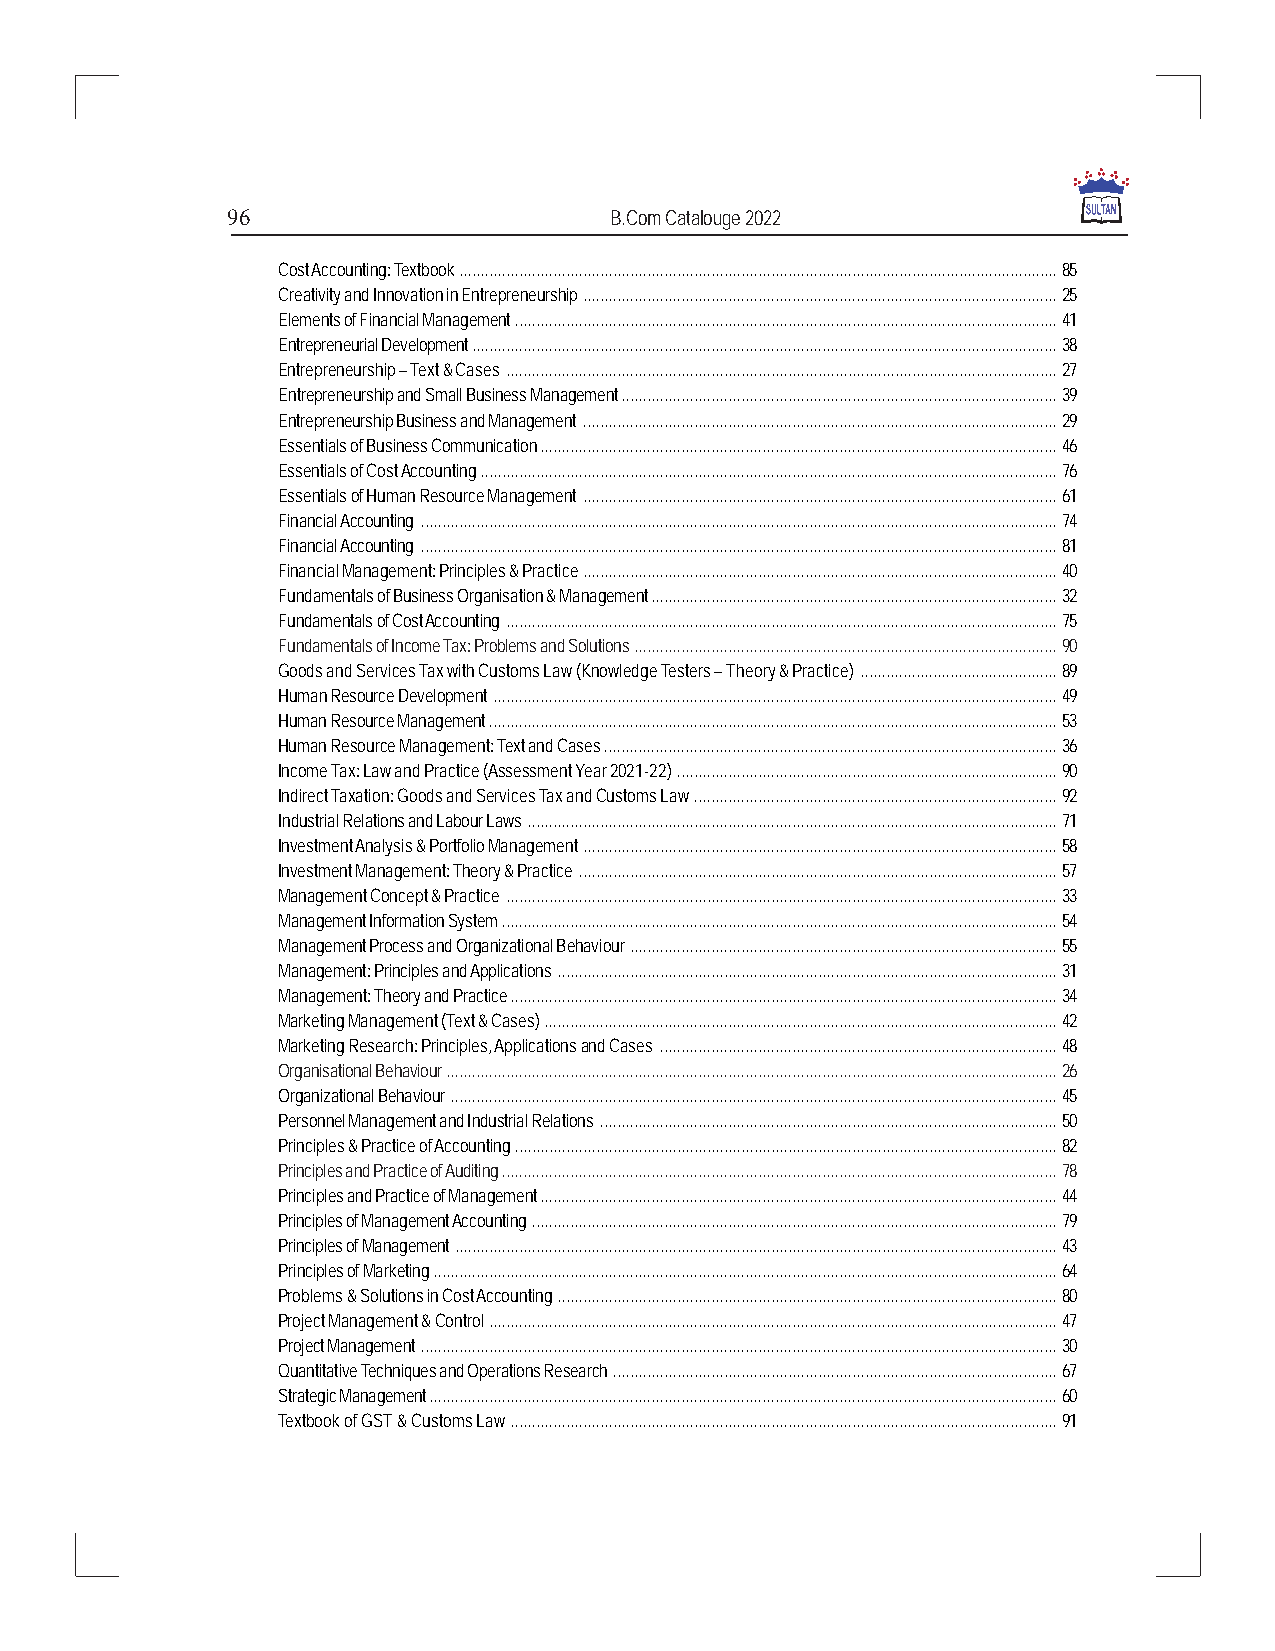
96                       B.Com Catalouge 2022
 Cost Accounting: Textbook............................................................................................................................................85
 Creativity and Innovation in Entrepreneurship...............................................................................................................25
 Elements of Financial Management...............................................................................................................................41
 Entrepreneurial Development.........................................................................................................................................38
 Entrepreneurship – Text & Cases.................................................................................................................................27
 Entrepreneurship and Small Business Management......................................................................................................39
 Entrepreneurship Business and Management...............................................................................................................29
 Essentials of Business Communication.........................................................................................................................46
 Essentials of Cost Accounting.......................................................................................................................................76
 Essentials of Human Resource Management...............................................................................................................61
 Financial Accounting .....................................................................................................................................................74
 Financial Accounting .....................................................................................................................................................81
 Financial Management: Principles & Practice...............................................................................................................40
 Fundamentals of Business Organisation & Management...............................................................................................32
 Fundamentals of Cost Accounting.................................................................................................................................75
 Fundamentals of Income Tax: Problems and Solutions...................................................................................................90
 Goods and Services Tax with Customs Law (Knowledge Testers – Theory & Practice)..............................................89
 Human Resource Development....................................................................................................................................49
 Human Resource Management.....................................................................................................................................53
 Human Resource Management: Text and Cases..........................................................................................................36
 Income Tax: Law and Practice (Assessment Year 2021-22).........................................................................................90
 Indirect Taxation: Goods and Services Tax and Customs Law.....................................................................................92
 Industrial Relations and Labour Laws............................................................................................................................71
 Investment Analysis & Portfolio Management...............................................................................................................58
 Investment Management: Theory & Practice................................................................................................................57
 Management Concept & Practice.................................................................................................................................33
 Management Information System..................................................................................................................................54
 Management Process and Organizational Behaviour....................................................................................................55
 Management: Principles and Applications.....................................................................................................................31
 Management: Theory and Practice................................................................................................................................34
 Marketing Management (Text & Cases)........................................................................................................................42
 Marketing Research: Principles, Applications and Cases.............................................................................................48
 Organisational Behaviour...............................................................................................................................................26
 Organizational Behaviour..............................................................................................................................................45
 Personnel Management and Industrial Relations...........................................................................................................50
 Principles & Practice of Accounting...............................................................................................................................82
 Principles and Practice of Auditing..................................................................................................................................78
 Principles and Practice of Management.........................................................................................................................44
 Principles of Management Accounting...........................................................................................................................79
 Principles of Management.............................................................................................................................................43
 Principles of Marketing..................................................................................................................................................64
 Problems & Solutions in Cost Accounting.....................................................................................................................80
 Project Management & Control.....................................................................................................................................47
 Project Management.....................................................................................................................................................30
 Quantitative Techniques and Operations Research........................................................................................................67
 Strategic Management...................................................................................................................................................60
 Textbook of GST & Customs Law................................................................................................................................91